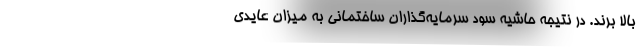
بالا برند. در نتیجه حاشیه سود سرمایه‌گذاران ساختمانی به میزان عایدی